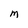
Character: M